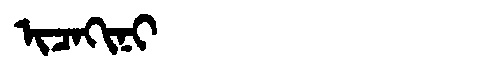
Manchu: ᡳᠴᠠᡴᡳᠨᡳ
Romanization: ICAKINI